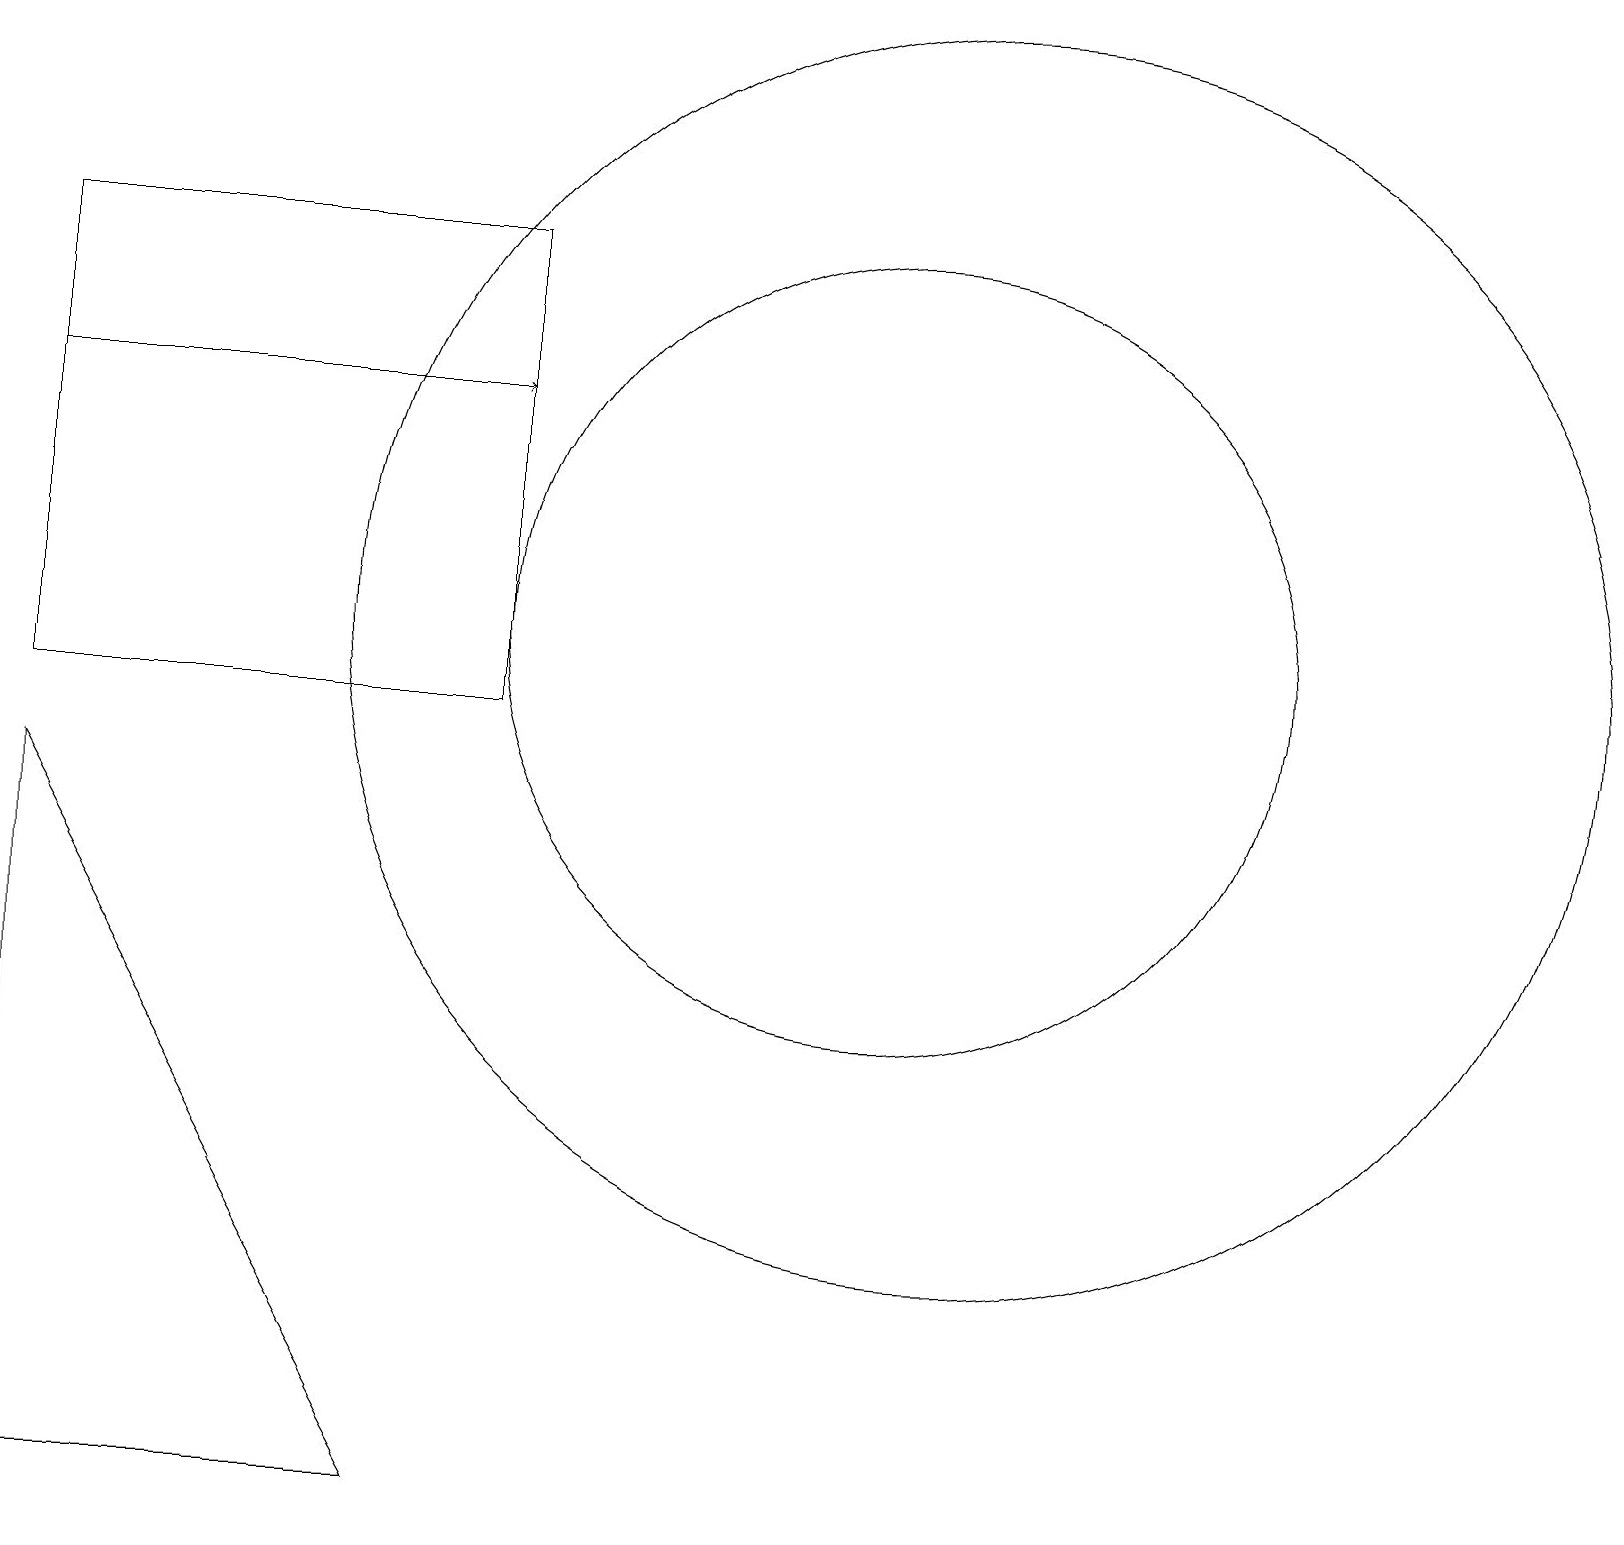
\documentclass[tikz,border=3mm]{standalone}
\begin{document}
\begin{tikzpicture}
\draw (12,11) circle (8);
\draw (6,16) rectangle (0,10);
\draw (11,10) circle (0);
\draw[->] (0,14) -- (6,14);
\draw (5,0) -- (0,0) -- (0,9) -- cycle;
\draw (11,11) circle (5);
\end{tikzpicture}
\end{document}